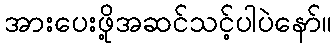
အားပေးဖို့အဆင်သင့်ပါပဲနော်။